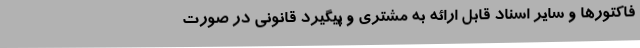
فاکتورها و سایر اسناد قابل ارائه به مشتری و پیگیرد قانونی در صورت